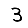
Digit: 3